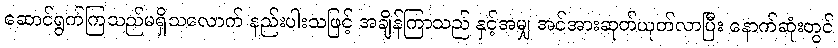
ဆောင်ရွက်ကြသည်မရှိသလောက် နည်းပါးသဖြင့် အချိန်ကြာသည် နှင့်အမျှ အင်အားဆုတ်ယုတ်လာပြီး နောက်ဆုံးတွင်